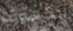
الكهوف